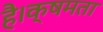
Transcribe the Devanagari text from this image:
है।क्षमता